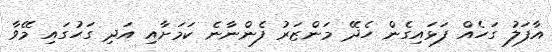
އާފަލު ގަހެއް ފަޅައިގެން ހެދޭ މަންޒަރު ފެންނާނެ ކަަމަށާއި އަދި ގަހުގައި މޭވާ